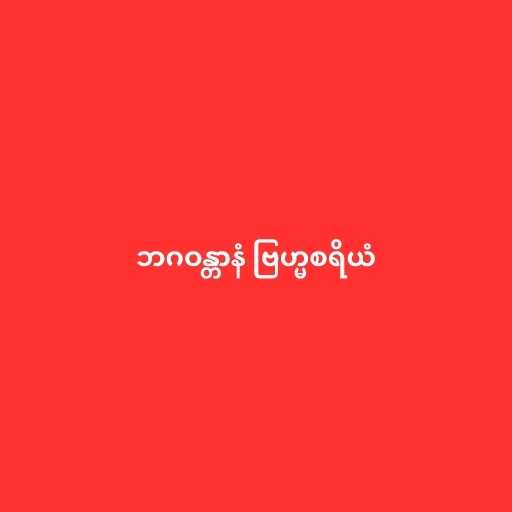
ဘဂဝန္တာနံ ဗြဟ္မစရိယံ